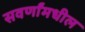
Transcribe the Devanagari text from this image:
सवर्णांमधील